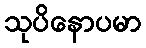
သုပိနောပမာ